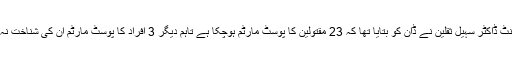
جناح ہسپتال کے میڈیکل سپریٹنڈنٹ ڈاکٹر سہیل ثقلین نے ڈان کو بتایا تھا کہ 23 مقتولین کا پوسٹ مارٹم ہوچکا ہے تاہم دیگر 3 افراد کا پوسٹ مارٹم ان کی شناخت نہ ہونے کی وجہ سے نہیں کیا گیا۔